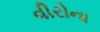
વીરોના